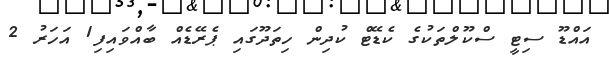
އައްޑޫ ސިޓީ ސްކޫލްތަކުގެ ކެޑޭޓް ކުދިން ހިތަދޫގައި ޕެރޭޑެއް ބާއްވައިފި1 އަހަރު 2